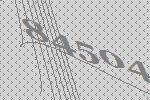
84504